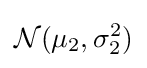
{\mathcal {N}}(\mu _{2},\sigma _{2}^{2})